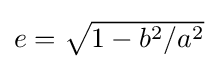
{\textstyle e={\sqrt {1-b^{2}/a^{2}}}}